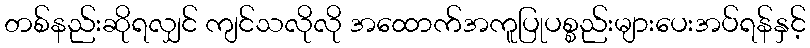
တစ်နည်းဆိုရလျှင် ကျင်သလိုလို အထောက်အကူပြုပစ္စည်းများပေးအပ်ရန်နှင့်